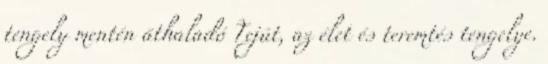
tengely mentén áthaladó Tejút, az élet és teremtés tengelye.